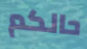
حالكم